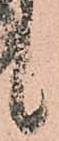
候